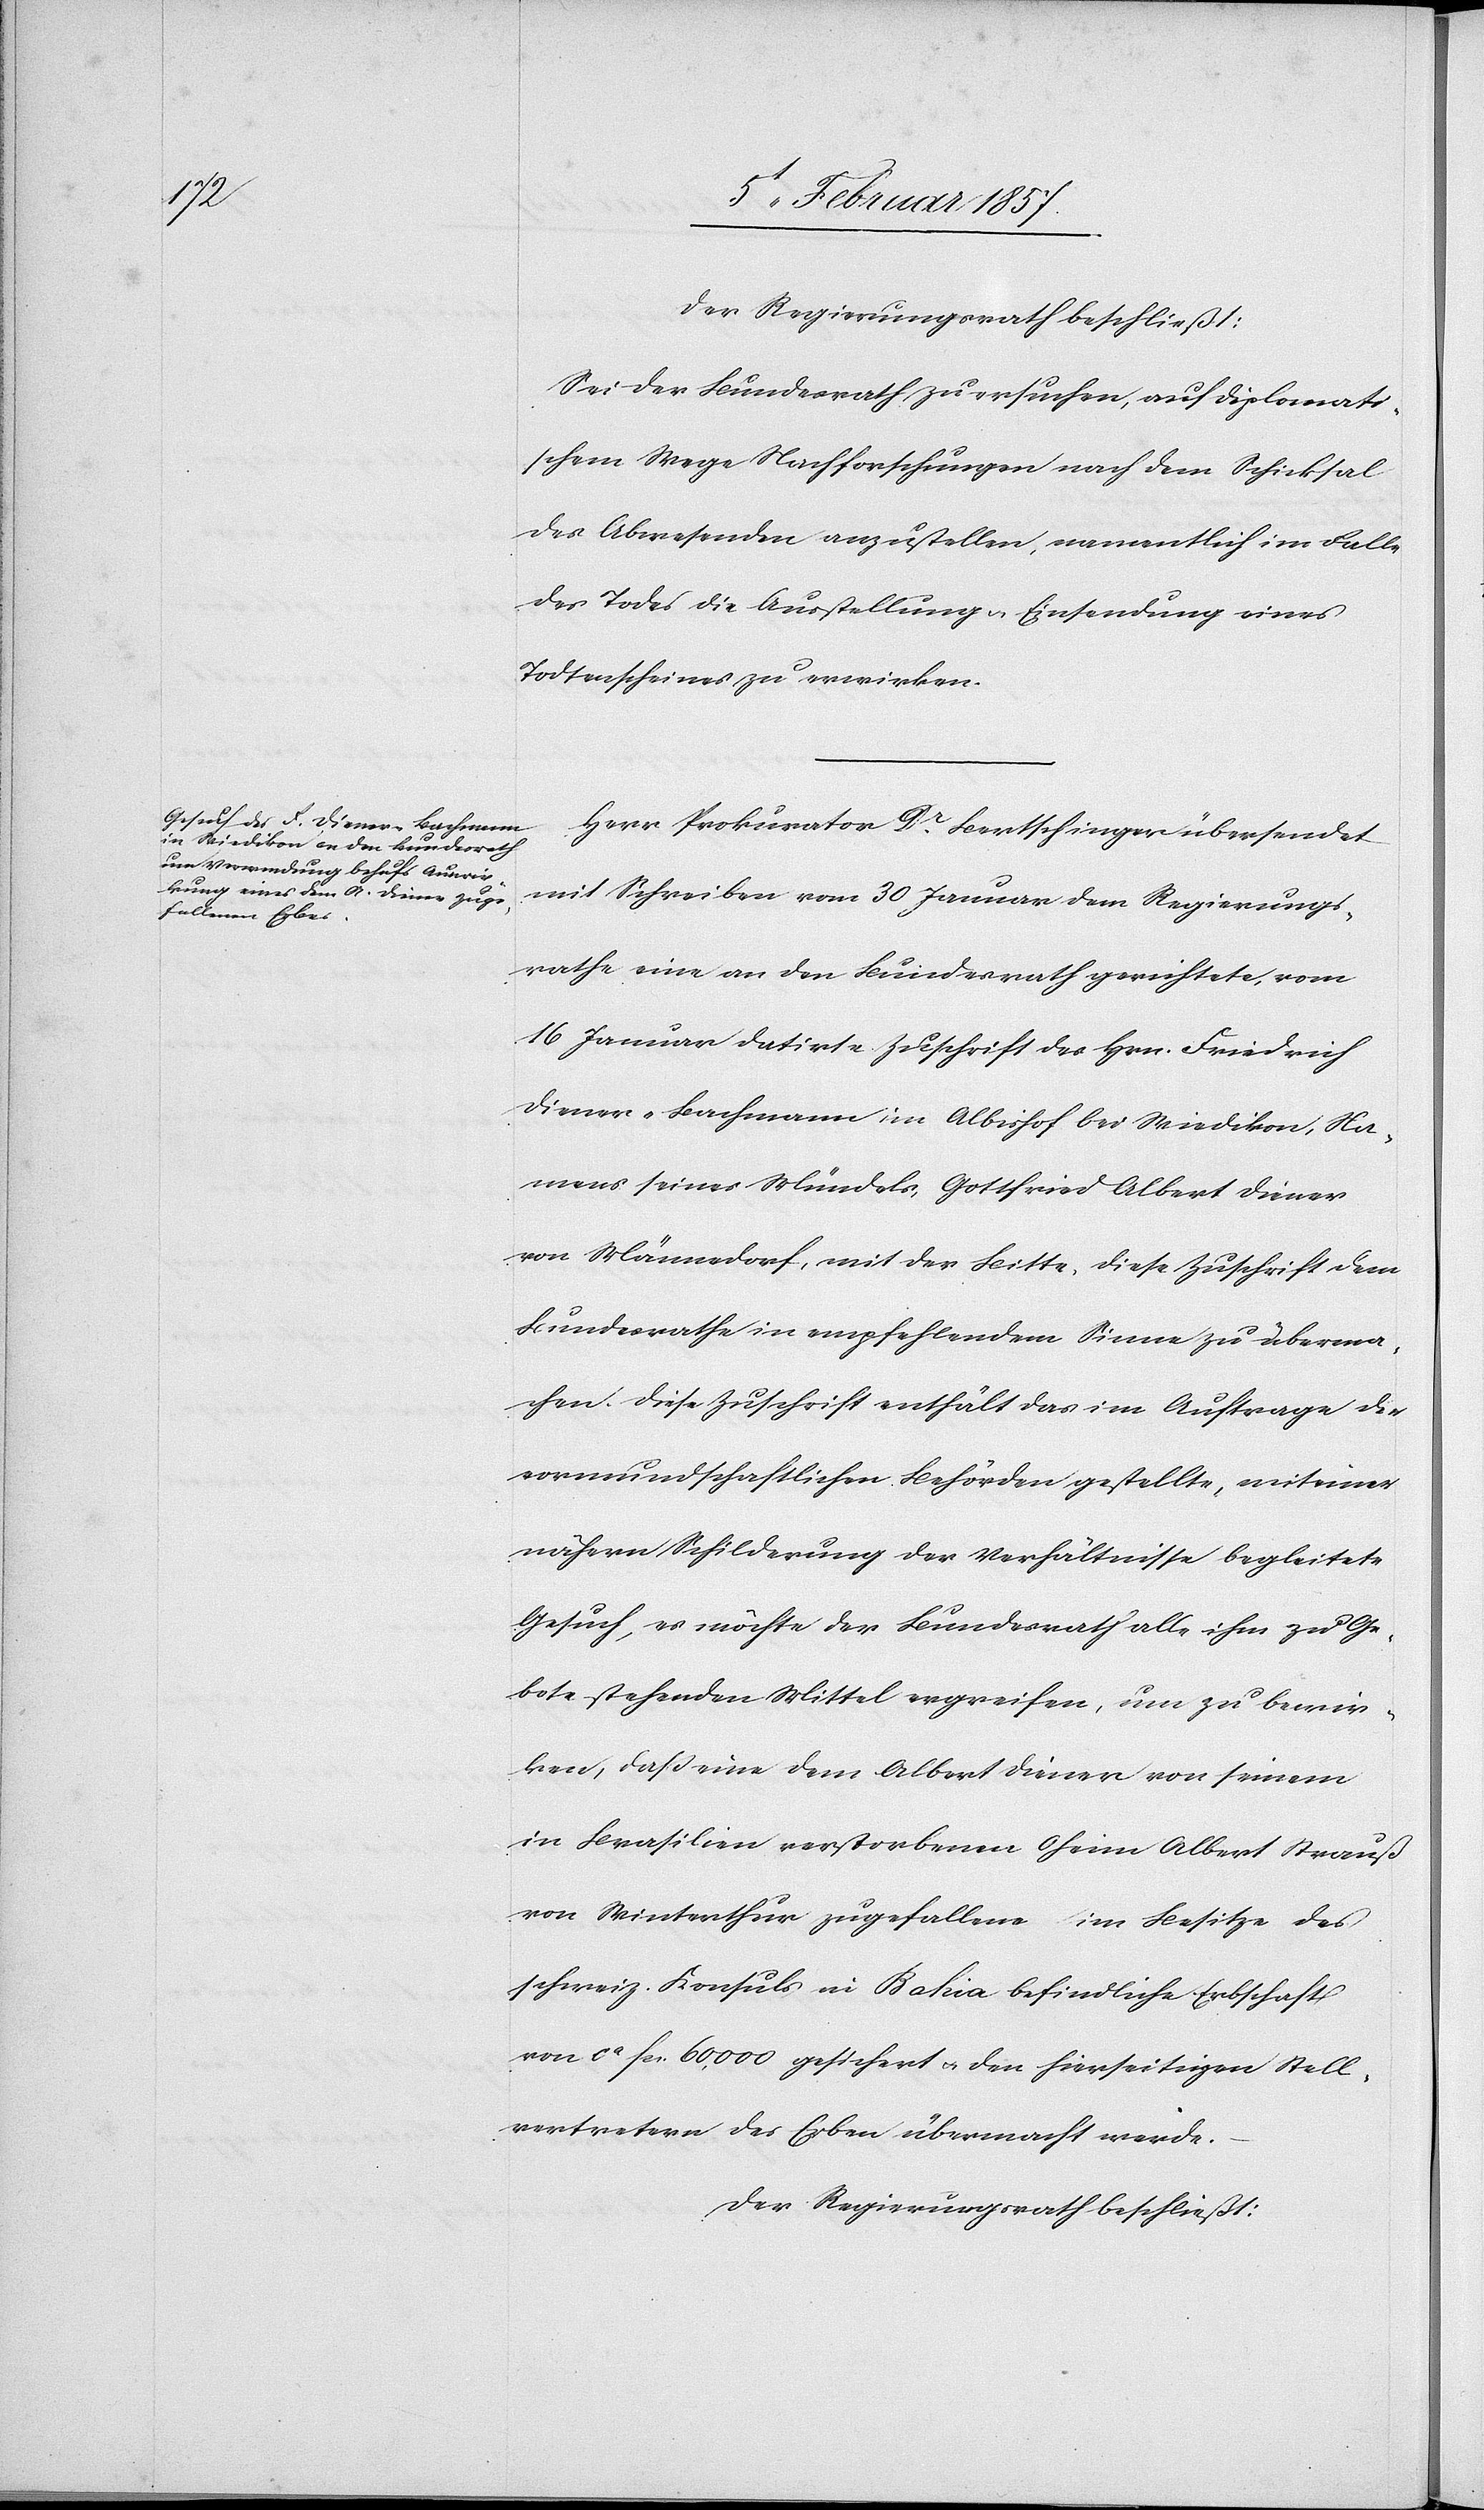
Der Regierungsrath beschließt:
Sei der Bundesrath zu ersuchen auf diplomati¬
schem Wege Nachforschungen nach dem Schicksal
des Abwesenden anzustellen, namentlich im Falle
des Todes die Ausstellung u. Einsendung eines
Todtenscheines zu erwirken.
Herr Prokurator Dr. Bertschinger übersendet
mit Schreiben vom 30 Januar dem Regierungs¬
rathe eine an den Bundesrath gerichtete, vom
16 Januar datirte Zuschrift des Hrn. Friedrich
Diener-Bachmann im Albishof bei Wiedikon, na¬
mens seines Mündels Gottfried Albert Diener
von Männedorf, mit der Bitte, diese Zuschrift dem
Bundesrathe in empfehlendem Sinne zu überma¬
chen. Diese Zuschrift enthält das im Auftrage der
vormundschaftlichen Behörden gestellte, mit einer
nähern Schilderung der Verhältnisse begleitete
Gesuch, es möchte der Bundesrath alle ihm zu Ge¬
bote stehenden Mittel ergreifen, um zu bewir¬
ken, daß eine dem Albert Diener von seinem
in Brasilien verstorbenen Oheim Alber Strauß
von Winterthur zugefallene im Besitze des
schweiz. Konsuls in Bahia befindliche Erbschaft
von ca fcs. 60,000 gesichert & den hierseitigen Stell¬
vertretern des Erben übermacht werde.
Der Regierungsrath beschließt: